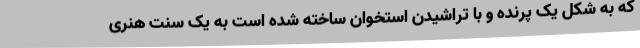
که به شکل یک پرنده و با تراشیدن استخوان ساخته شده است به یک سنت هنری